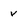
Character: v